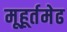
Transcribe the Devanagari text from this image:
मूहूर्तमेढ